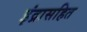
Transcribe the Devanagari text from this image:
इंद्रासहित